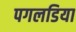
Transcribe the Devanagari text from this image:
पगलडिया